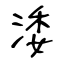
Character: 涹